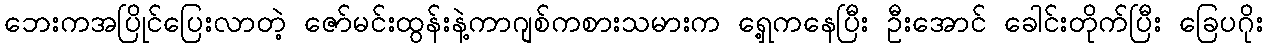
ဘေးကအပြိုင်ပြေးလာတဲ့ ဇော်မင်းထွန်းနဲ့ကာဂျစ်ကစားသမားက ရှေ့ကနေပြီး ဦးအောင် ခေါင်းတိုက်ပြီး ခြေပဂိုး